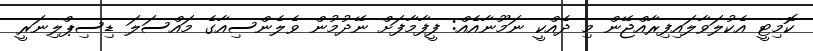
ކޮމިޓީ އެކުލަވާލައިފިރާއްޖޭން މި ދެއްކީ ނަމޫނާއެއް: ފީފާމާފަށް ނޭދުމުން ވެލެންސިއާގެ މައްސަލަ ޑިސިޕްލިނަރީ